Indian journal of veterinary science and animal husbandry - Volume 3,
Year: 1933
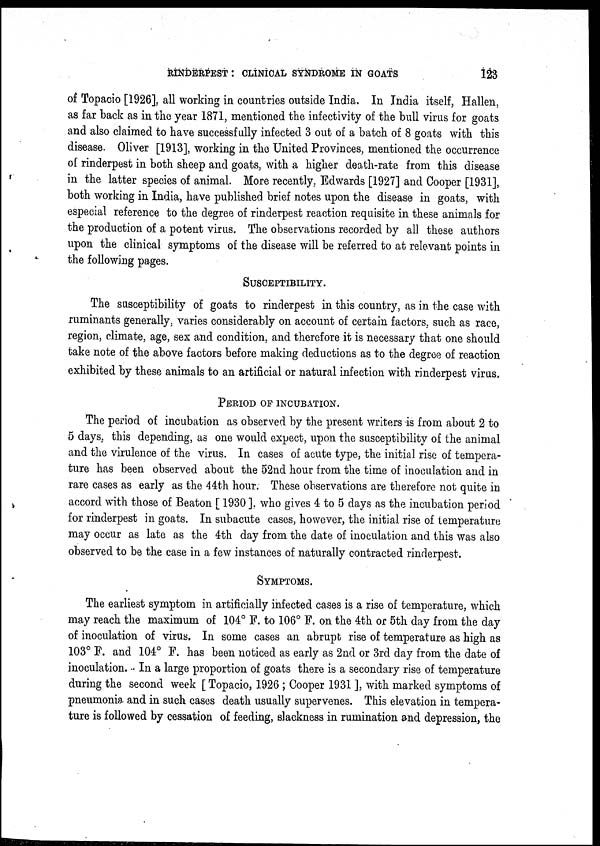
RINDERPEST : CLINICAL SYNDROME IN GOATS
123
of Topacio [1926], all working in countries outside India. In India itself, Hallen,
as far back as in the year 1871, mentioned the infectivity of the bull virus for goats
and also claimed to have successfully infected 3 out of a batch of 8 goats with this
disease. Oliver [1913], working in the United Provinces, mentioned the occurrence
of rinderpest in both sheep and goats, with a higher death-rate from this disease
in the latter species of animal. More recently, Edwards [1927] and Cooper [1931],
both working in India, have published brief notes upon the disease in goats, with
especial reference to the degree of rinderpest reaction requisite in these animals for
the production of a potent virus. The observations recorded by all these authors
upon the clinical symptoms of the disease will be referred to at relevant points in
the following pages.
SUSCEPTIBILITY.
The susceptibility of goats to rinderpest in this country, as in the case with
ruminants generally, varies considerably on account of certain factors, such as race,
region, climate, age, sex and condition, and therefore it is necessary that one should
take note of the above factors before making deductions as to the degree of reaction
exhibited by these animals to an artificial or natural infection with rinderpest virus.
PERIOD OF INCUBATION.
The period of incubation as observed by the present writers is from about 2 to
5 days, this depending, as one would expect, upon the susceptibility of the animal
and the virulence of the virus. In cases of acute type, the initial rise of tempera-
ture has been observed about the 52nd hour from the time of inoculation and in
rare cases as early as the 44th hour. These observations are therefore not quite in
accord with those of Beaton [ 1930 ]. who gives 4 to 5 days as the incubation period
for rinderpest in goats. In subacute cases, however, the initial rise of temperature
may occur as late as the 4th day from the date of inoculation and this was also
observed to be the case in a few instances of naturally contracted rinderpest.
SYMPTOMS.
The earliest symptom in artificially infected cases is a rise of temperature, which
may reach the maximum of 104° F. to 106° F. on the 4th or 5th day from the day
of inoculation of virus. In some cases an abrupt rise of temperature as high as
103° F. and 104° F. has been noticed as early as 2nd or 3rd day from the date of
inoculation. In a large proportion of goats there is a secondary rise of temperature
during the second week [ Topacio, 1926 ; Cooper 1931 ], with marked symptoms of
pneumonia and in such cases death usually supervenes. This elevation in tempera-
ture is followed by cessation of feeding, slackness in rumination and depression, the